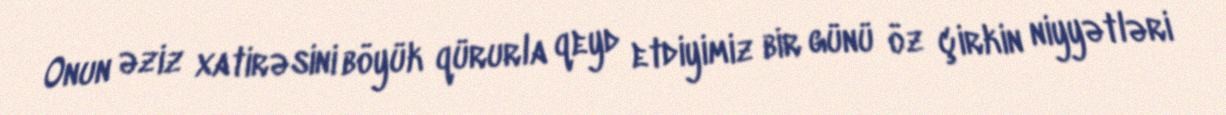
Onun əziz xatirəsini böyük qürurla qeyd etdiyimiz bir günü öz çirkin niyyətləri